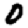
Digit: 0